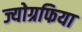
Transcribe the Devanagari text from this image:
ज्योग्रफिया